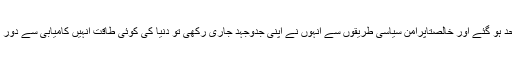
اگر کشمیری متحد ہو گئے اور خالصتاًپرامن سیاسی طریقوں سے انہوں نے اپنی جدوجہد جاری رکھی تو دنیا کی کوئی طاقت انہیں کامیابی سے دور نہیں رکھ سکتی۔